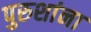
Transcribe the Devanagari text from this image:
पुरुशांना